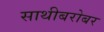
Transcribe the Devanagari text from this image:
साथीबरोबर